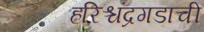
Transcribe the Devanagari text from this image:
हरिश्चंद्रगडाची